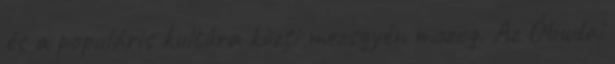
és a populáris kultúra közti mezsgyén mozog. Az Óbudai